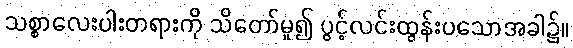
သစ္စာလေးပါးတရားကို သိတော်မူ၍ ပွင့်လင်းထွန်းပသောအခါ၌။